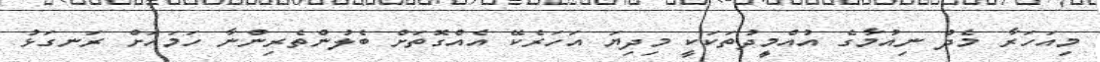
މިއަހަރާ މެދު ނިއުމާގެ އުއްމިީދުތަކަކީ މިދިޔަ އަހަރެކޭ އެއްގޮތަށް ބެލުންތެރިންނާ ހަމައަށް ރަނގަޅު